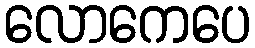
လောကေပေ